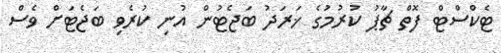
ޓެކްސްޓް ފޮތް ޗާޕު ކުރުމުގެ ޚަރަދު ބަޖެޓުން އުނި ކުރެވި ބަޖެޓަށް ވެސް